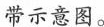
带示意图。